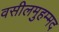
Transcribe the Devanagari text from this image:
वसीलमुहम्मद